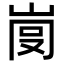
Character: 𡸍